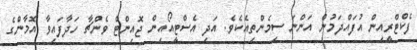
ފެކްޓްރީއިން އުފައްދަމުން އަންނަ ސިމެންތިއެކެވެ. އަދި އެސްޓީއޯއިން ޖޮއިންޓް ވެންޗާ ހަދާފައިވާ އޮމާންގެ